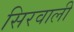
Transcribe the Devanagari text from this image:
सिरवाली